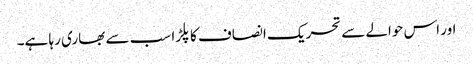
اور اس حوالے سے تحریک انصاف کا پلڑا سب سے بھاری رہا ہے۔